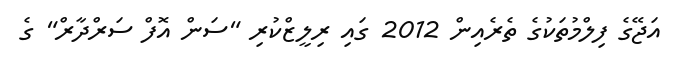
އަޖޭގެ ފިލްމުތަކުގެ ތެރެއިން 2012 ގައި ރިލީޒްކުރި "ސަން އޮފް ސަރްދާރް" ގެ